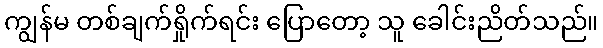
ကျွန်မ တစ်ချက်ရှိုက်ရင်း ပြောတော့ သူ ခေါင်းညိတ်သည်။